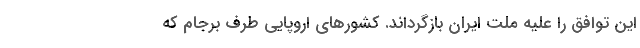
این توافق را علیه ملت ایران بازگرداند. کشورهای اروپایی طرف برجام که